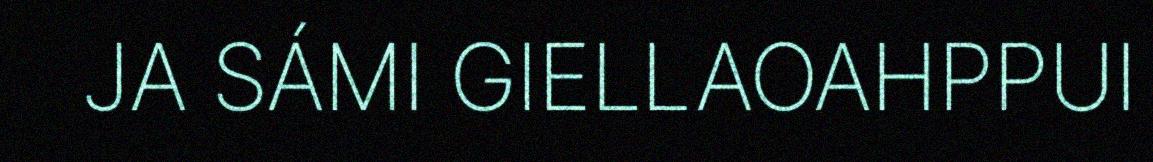
JA SÁMI GIELLAOAHPPUI